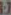
-